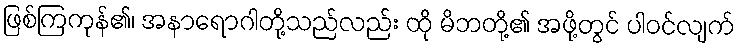
ဖြစ်ကြကုန်၏၊ အနာရောဂါတို့သည်လည်း ထို မိဘတို့၏ အဖို့တွင် ပါဝင်လျက်